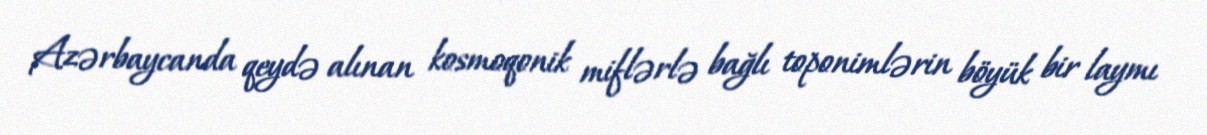
Azərbaycanda qeydə alınan kosmoqonik miflərlə bağlı toponimlərin böyük bir laymı